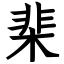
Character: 棐